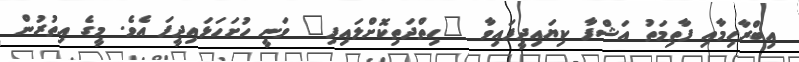
އިބްރާހިމާއި ފާތިމަތު އަޝްފާ ކިޔައިދީފައިވާ "ހިތްދަތިކޮށްލައިފި" ވަނީ ހުށަހަޅައިދީފަ އެވެ. މީގެ އިތުރުން